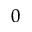
_ 0